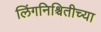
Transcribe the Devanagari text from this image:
लिंगनिश्चितीच्या